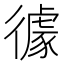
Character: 𱝹